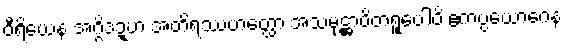
ဝီရိယေန အဂ္ဂိဒဍ္ဎာ အတိရဿဟတ္ထော အသမုဋ္ဌာပိတရူပေါပိ ဧကပ္ပယောဂေန